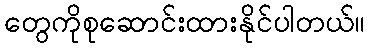
တွေကိုစုဆောင်းထားနိုင်ပါတယ်။